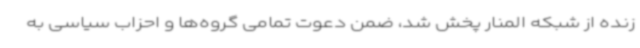
زنده از شبکه المنار پخش شد، ضمن دعوت تمامی گروه‌ها و احزاب سیاسی به